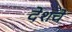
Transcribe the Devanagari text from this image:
देशचे